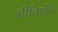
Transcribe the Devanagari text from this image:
डीविजेंस